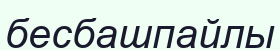
бесбашпайлы